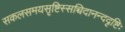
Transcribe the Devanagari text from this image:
सकलसमयसृष्टिस्सच्चिदानन्ददृष्टिः